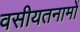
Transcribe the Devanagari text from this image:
वसीयतनामों